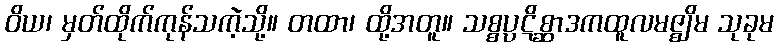
ဝိယ၊ မှတ်ထိုက်ကုန်သကဲ့သို့။ တထာ၊ ထို့အတူ။ သစ္စပ္ပဋိစ္ဆာဒကထူလမဇ္ဈိမ သုခုမ